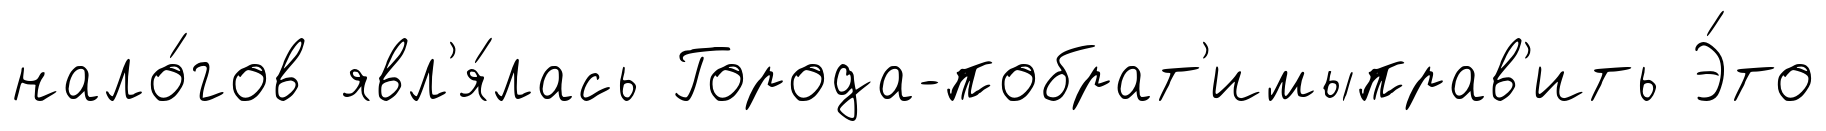
нало́гов явл'я́лась Города-побрат'имыправ'ить Э́то